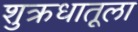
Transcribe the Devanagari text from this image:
शुक्रधातूला